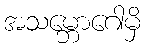
အသမ္ဘောဂေါမှိ